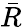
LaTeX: \bar{R}